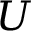
U